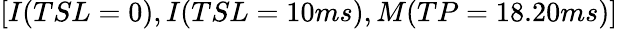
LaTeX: [I(TSL=0),I(TSL=10ms),M(TP=18.20ms)]